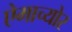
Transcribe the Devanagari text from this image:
ऐमाच्योर